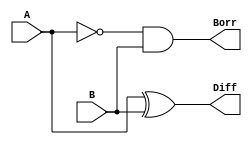
// Design Name:   Half_Subtracter

module Half_Subtracter(A,B,Diff,Borr);
	input A,B;
	output Diff,Borr;
	assign Diff = A ^ B;
	assign Borr = ((!A) && B);
endmodule